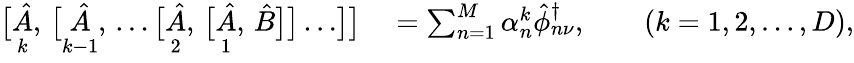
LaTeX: \begin{array}{rl}{\bigl[\underset{\vphantom{\bigl[}k}{\hat{A}},\, \bigl[\underset{\vphantom{\bigl[}k-1}{\hat{A}},\, \ldots\bigl[\underset{\vphantom{\bigl[}2}{\hat{A}},\, \bigl[\underset{\vphantom{\bigl[}1}{\hat{A}},\, \hat{B}\bigr]\bigr]\ldots\bigr]\bigr]}&{{}=\sum_{n=1}^{M}\alpha_{n}^{k}\hat{\phi}_{n\nu}^{\dagger},\qquad(k=1,2,\ldots,D),}\end{array}